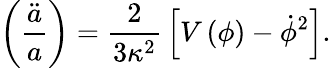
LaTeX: \left({\frac{\ddot{a}}{a}}\right)={\frac{2}{3\kappa^{2}}}\left[V\left(\phi\right)-\dot{\phi}^{2}\right].